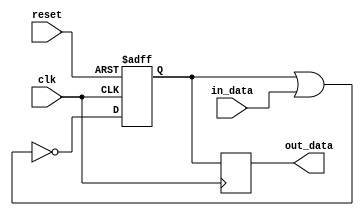
module nor_gate_delay(
    input wire clk,
    input wire reset,
    input wire in_data,
    output reg out_data
);

reg nor_out;

// NOR gate delay logic
always @(posedge clk or posedge reset) begin
    if(reset) begin
        nor_out <= 1'b0;
    end else begin
        nor_out <= ~(nor_out | in_data);
    end
end

// Output synchronization
always @(posedge clk) begin
    out_data <= nor_out;
end

endmodule